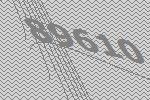
89610